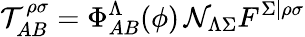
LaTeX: \mathcal{T}_{AB}^{\rho\sigma}=\Phi_{AB}^{\Lambda}(\phi)\, \mathcal{N}_{\Lambda\Sigma}F^{\Sigma\vert\rho\sigma}